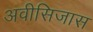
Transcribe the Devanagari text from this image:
अवीसिजास